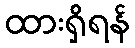
ထားရှိရန်